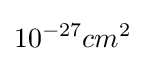
10^{-27}cm^{2}